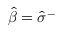
\hat { \beta } = \hat { \sigma } ^ { - }